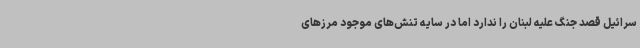
سرائیل قصد جنگ علیه لبنان را ندارد اما در سایه تنش‌های موجود مرزهای